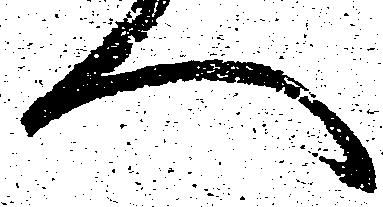
へ